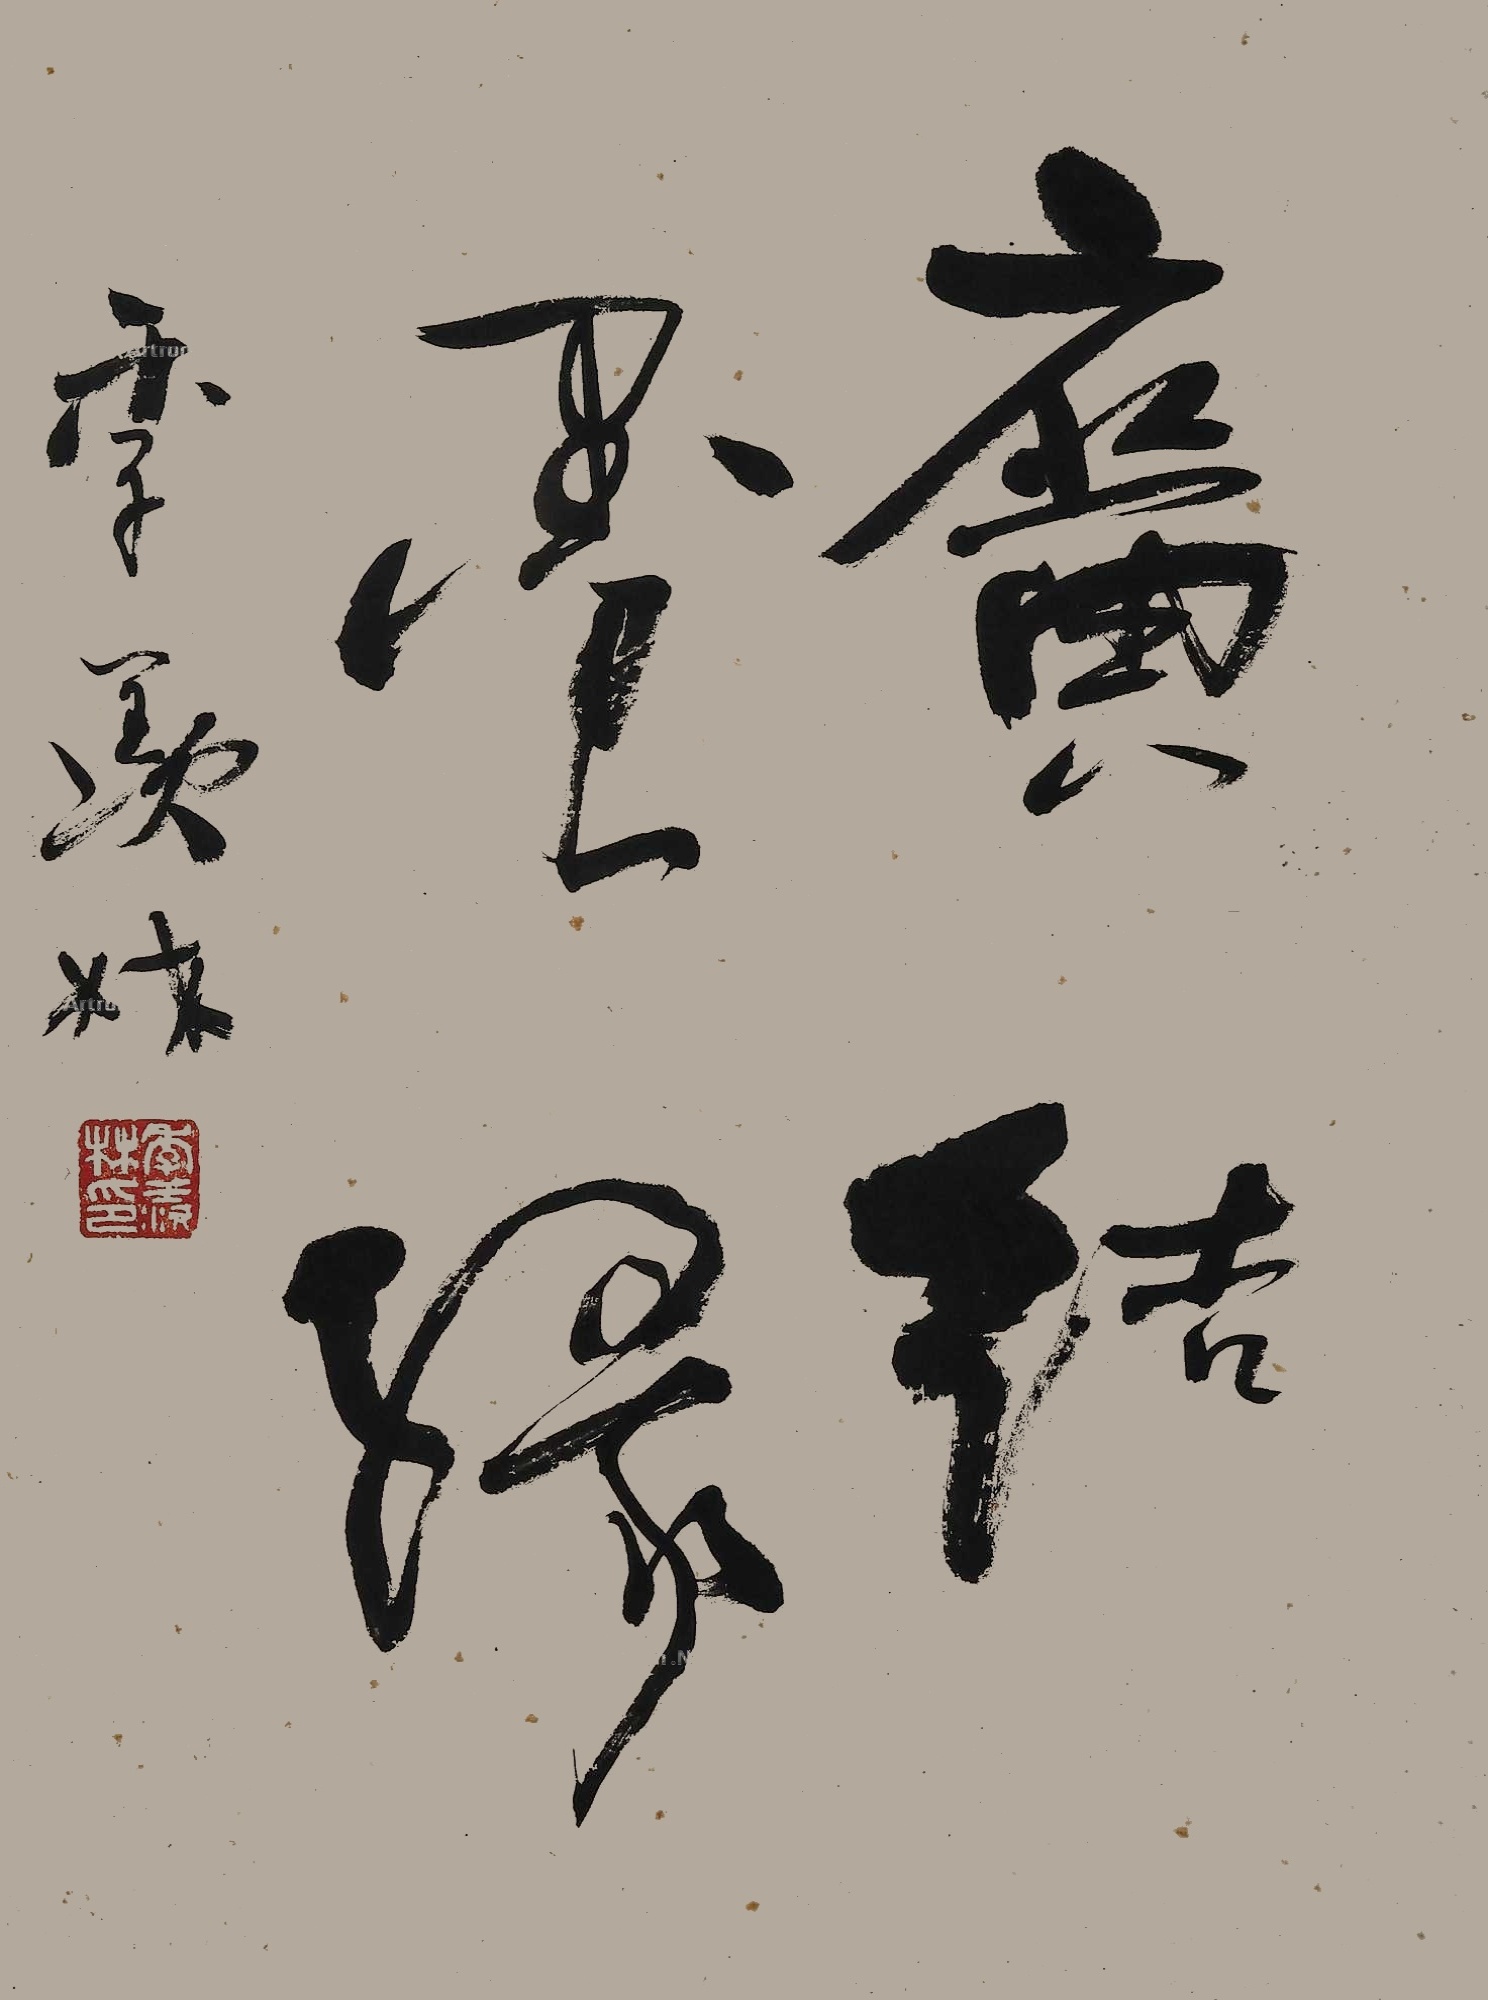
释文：广结墨缘。季羡林。